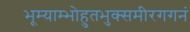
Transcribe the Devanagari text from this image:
भूम्याम्भोहुतभुक्समीरगगनं